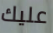
عليك